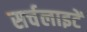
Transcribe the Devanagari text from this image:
सर्चलाइटें